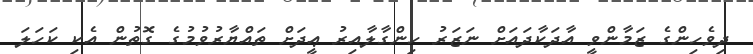
ދިވެހިންގެ ޒަމާންވީ އާދަކާދައަށް ނަޒަރު ހިންގާލާއިރު ޢީދަށް ތައްޔާރުވުމުގެ ގޮތުން އެކި ކަހަލަ